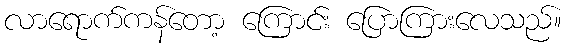
လာရောက်ကန်တော့ ကြောင်း ပြောကြားလေသည်။